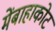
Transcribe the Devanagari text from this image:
मेंबाहाकोट